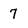
Character: 7